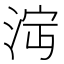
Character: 𣴩